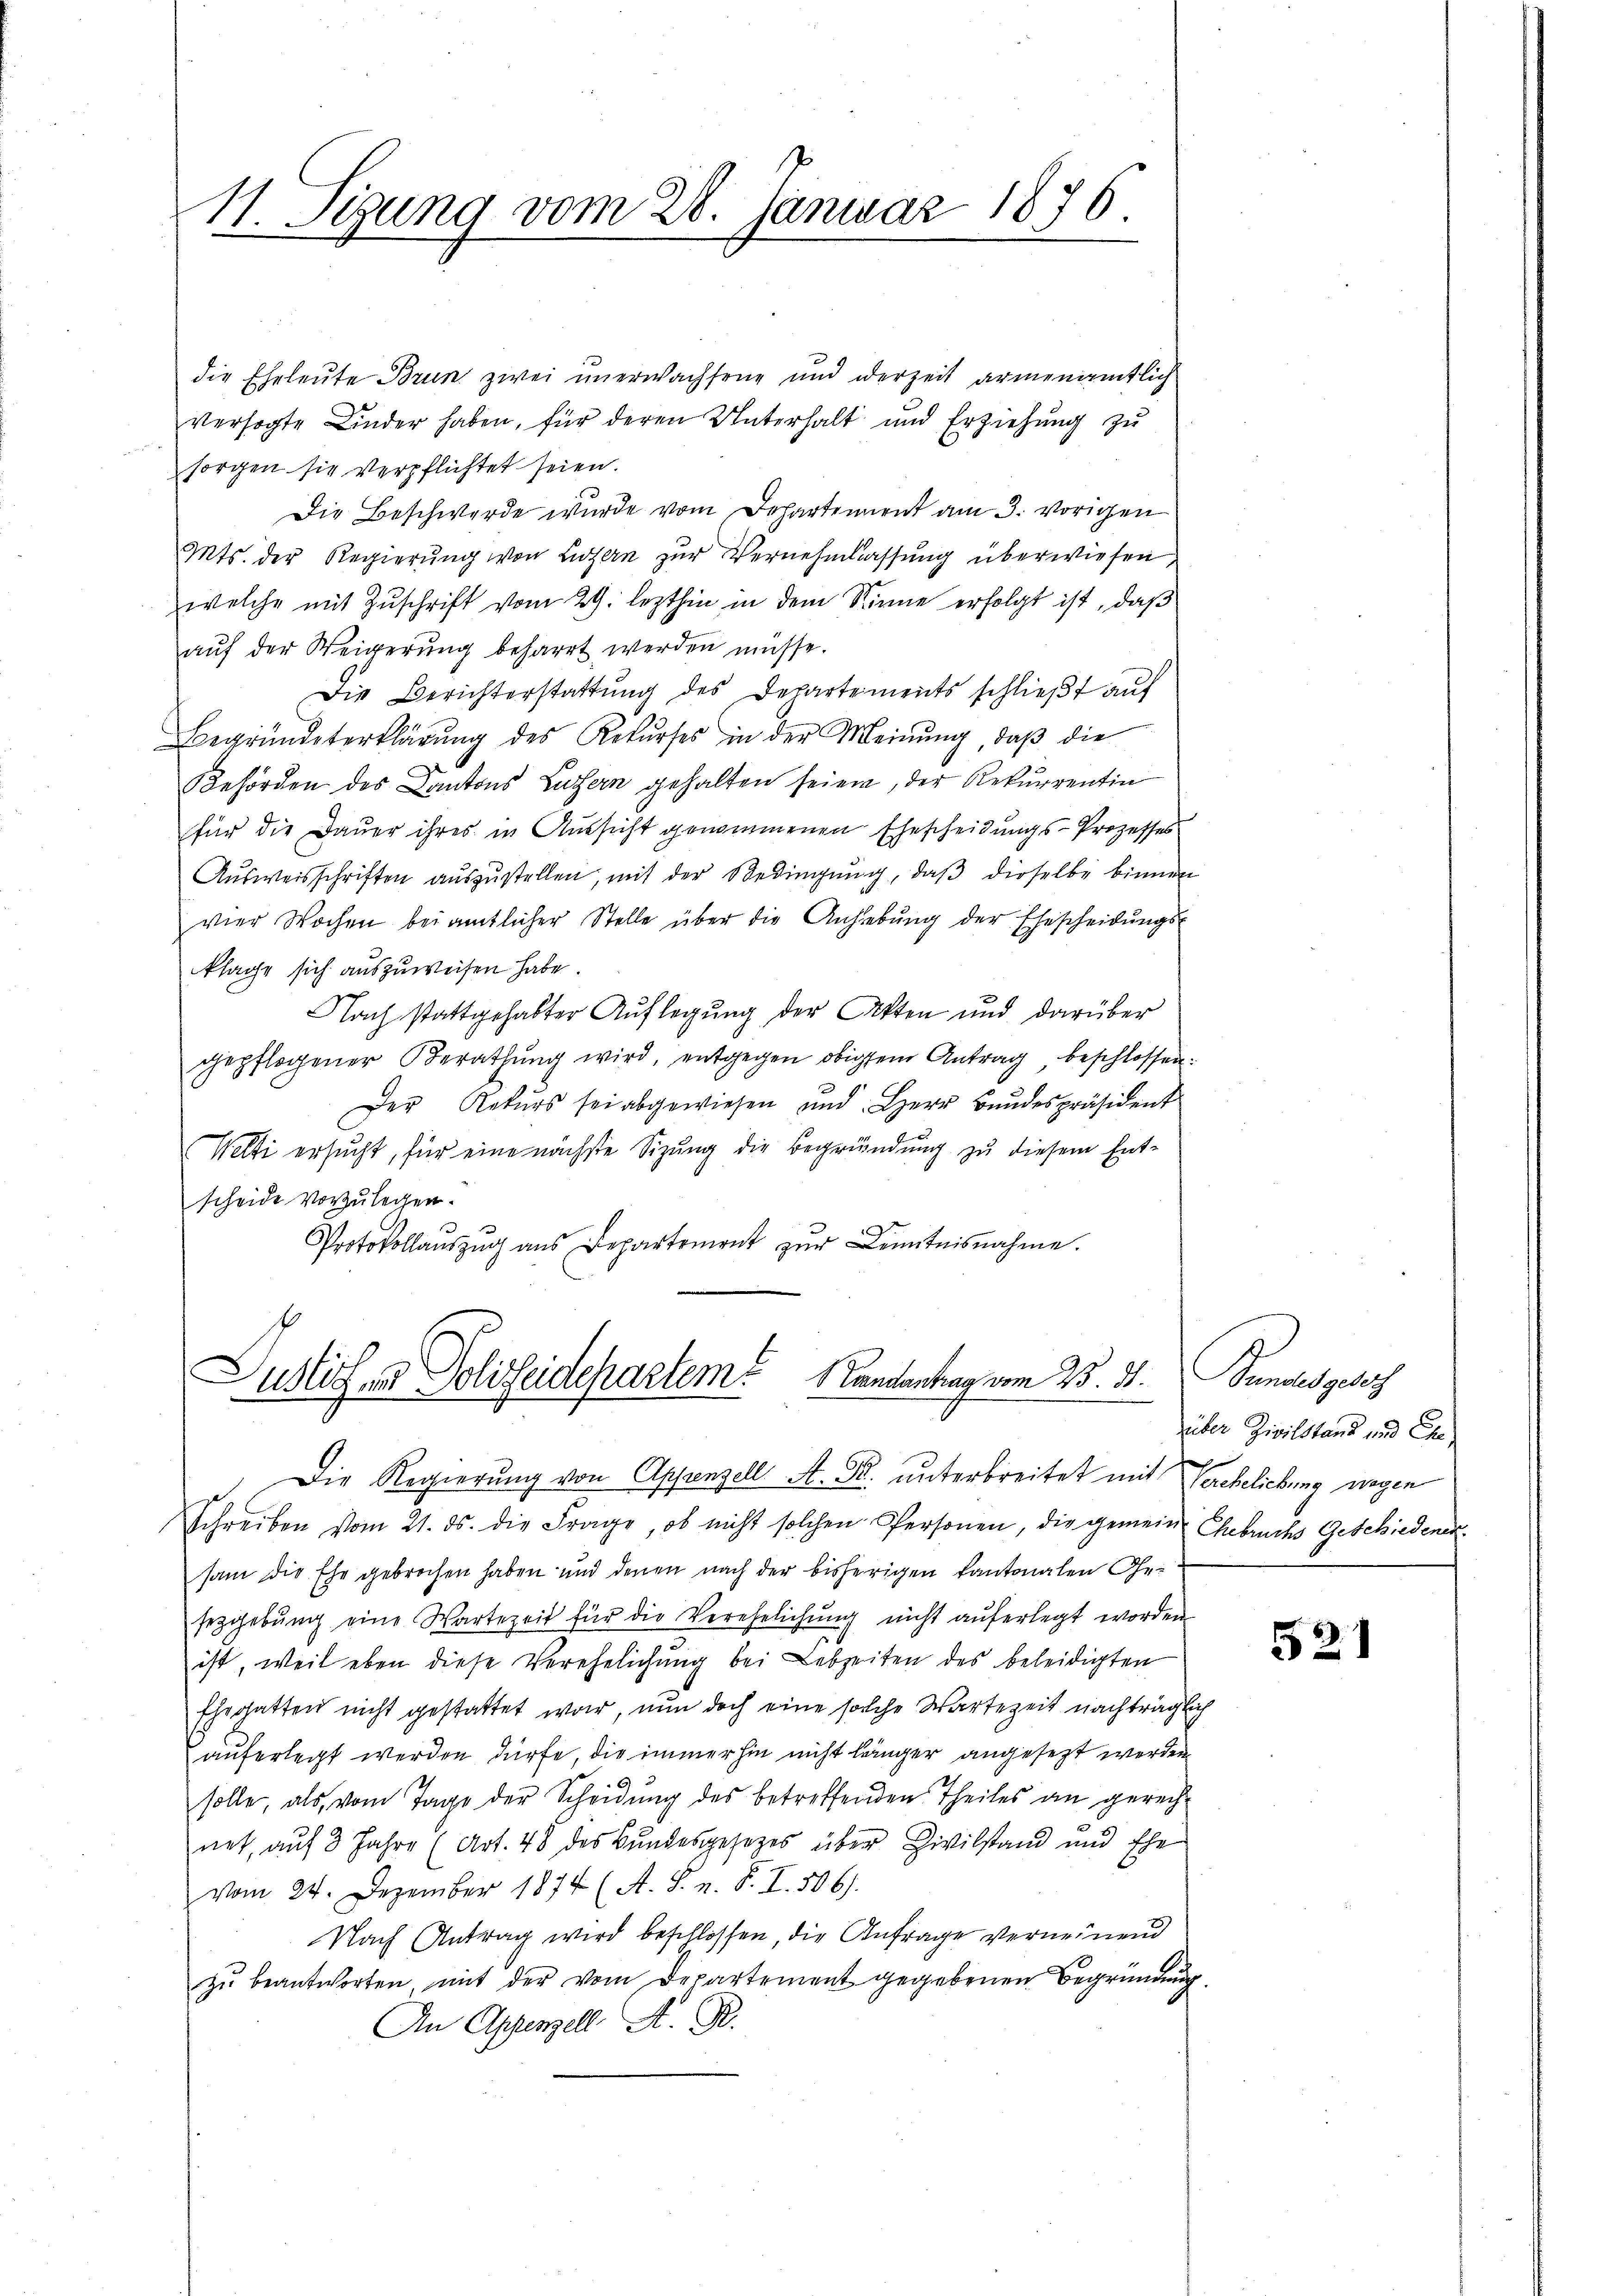
11. Sigung vom 28. Januar 1876.

die Eheleute Brun zwei unerwachsene und derzeit armenamtlich
versagte Linder haben, für deren Unterhalt und Erziehŭng zŭ
sorgen sie verpflichtet seien.
Die Beschwerde wurde vom Dehartement am 3. vorigen
Mts. der Regierŭng von Luzern zŭr Vernehmlassŭng überwiesen,
welche mit Zuschrift vom 29. lezthin in dem Sinne erfolgt ist, daß
aŭf der Weigerŭng beharrt werden müsse.
Die Berichterstattŭng des Departements schlieβt aŭf
Begründeterklärŭng des Rekŭrses in der Meinŭng, daβ die
Behörden des Cantons Luzern gehalten seien, der Rekurrentin
für die Dauer ihres in Aussicht genommenen Ehescheidungs-Prozesses
Aŭsweisschriften aŭszŭstellen, mit der Bedingung, daß dieselbe binnen
vier Wochen bei amtlicher Stelle über die Anhebŭng der Ehescheidŭngs-
klage sich auszuweisen habe.
Nach stattgehabter Auflegung der Akten und darüber
gepflogener Berathŭng wird, entgegen obigem Antrag beschlossen:
Der Rekurs sei abgewiesen und Herr Bundespräsident
Welti ersucht, für eine nächste Sizung die Begründung zu diesem Entscheide vorzulegen.
Protokollaŭszŭg ans Departement zŭr Kenntnisnahme.

Justifer Polizeidepartem Mandantrag vom 23. d. Bundes geboth
Die Regierung von Appenzell A. B. unterbreitet mit Verehelichung wegen

Schreiben vom 21. ds. die Frage, ob nicht solchen Personen, die gemeine Ehebruchs Geschiedenen
sam die Ehe gebrochen haben und denen nach der bisherigen Kantonalen Gesezgebung eine Wartezeit für die Verehelichung nicht auferlegt worden.
ist, weil eben diese Verehelichung bei Lebzeiten des beleidigten
Ehegatten nicht gestattet war, nun doch eine solche Wartezeit nachträglich
auferlegt werden dürfe, die immerhin nicht länger angesezt werden
solle, als vom Tage der Scheidung des betreffenden Theiles an gerechnet, auf 3 Jahre (Art. 48 des Bundesgesezes über Civilstand und Ehe
vom 24. Dezember 1874 (A. S. n. F. I. 506).
Nach Antrag wird beschlossen, die Anfrage verneinend
zŭ beantworten, mit der vom Departement gegebenen Begründung
An Appenzell A. R.

über Zivilstand und Ehe

521